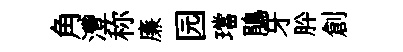
角灃称廉园璫鵑牙肸創